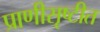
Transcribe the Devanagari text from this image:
प्राणीसृष्टीत